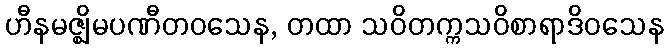
ဟီနမဇ္ဈိမပဏီတဝသေန, တထာ သဝိတက္ကသဝိစာရာဒိဝသေန